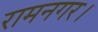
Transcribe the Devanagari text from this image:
रामनगर।